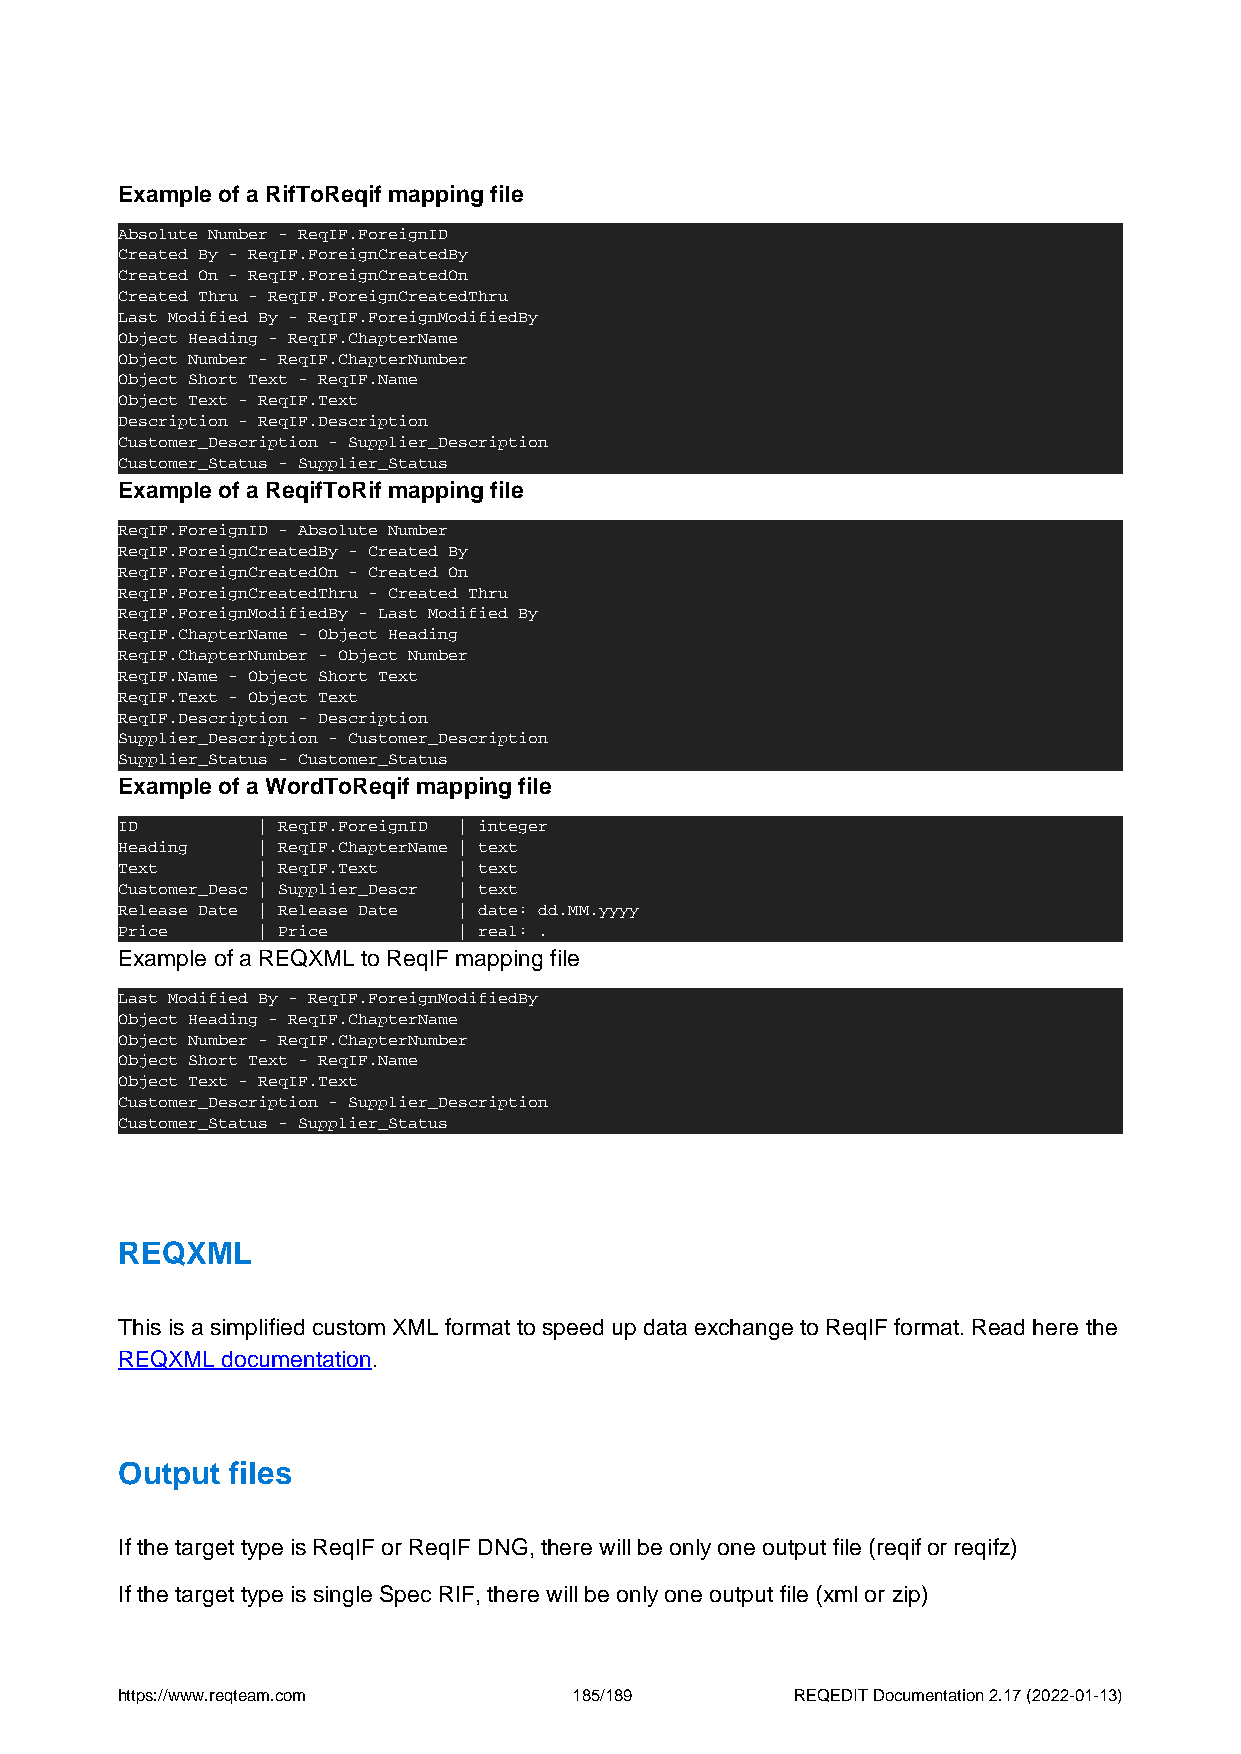
Example of a RifToReqif mapping file
 Absolute Number - ReqIF.ForeignID
 Created By - ReqIF.ForeignCreatedBy
 Created On - ReqIF.ForeignCreatedOn
 Created Thru - ReqIF.ForeignCreatedThru
 Last Modified By - ReqIF.ForeignModifiedBy
 Object Heading - ReqIF.ChapterName
 Object Number - ReqIF.ChapterNumber
 Object Short Text - ReqIF.Name
 Object Text - ReqIF.Text
 Description - ReqIF.Description
 Customer_Description - Supplier_Description
 Customer_Status - Supplier_Status
 Example of a ReqifToRif mapping file
 ReqIF.ForeignID - Absolute Number
 ReqIF.ForeignCreatedBy - Created By
 ReqIF.ForeignCreatedOn - Created On
 ReqIF.ForeignCreatedThru - Created Thru
 ReqIF.ForeignModifiedBy - Last Modified By
 ReqIF.ChapterName - Object Heading
 ReqIF.ChapterNumber - Object Number
 ReqIF.Name - Object Short Text
 ReqIF.Text - Object Text
 ReqIF.Description - Description
 Supplier_Description - Customer_Description
 Supplier_Status - Customer_Status
 Example of a WordToReqif mapping file
 ID       | ReqIF.ForeignID | integer
 Heading  | ReqIF.ChapterName | text
 Text     | ReqIF.Text | text
 Customer_Desc | Supplier_Descr | text
 Release Date | Release Date | date: dd.MM.yyyy
 Price    | Price      | real: .
 Example of a REQXML to ReqIF mapping file
 Last Modified By - ReqIF.ForeignModifiedBy
 Object Heading - ReqIF.ChapterName
 Object Number - ReqIF.ChapterNumber
 Object Short Text - ReqIF.Name
 Object Text - ReqIF.Text
 Customer_Description - Supplier_Description
 Customer_Status - Supplier_Status
 REQXML
 This is a simplified custom XML format to speed up data exchange to ReqIF format. Read here the
 REQXML documentation.
 Output files
 If the target type is ReqIF or ReqIF DNG, there will be only one output file (reqif or reqifz)
 If the target type is single Spec RIF, there will be only one output file (xml or zip)
 https://www.reqteam.com       185/189        REQEDIT Documentation 2.17 (2022-01-13)